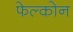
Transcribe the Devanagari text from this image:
फेल्कोन